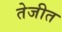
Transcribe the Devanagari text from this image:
तेजीत